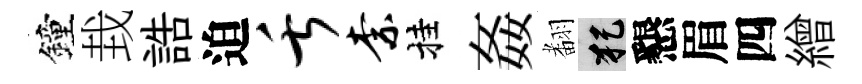
鐘㘽誥迫舌柰挂姦𮋒犯懇眉四繒